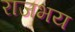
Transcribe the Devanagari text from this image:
राजभय